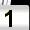
Digit: 1